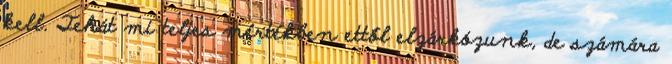
kell. Tehát mi teljes mértékben ettől elzárkózunk, de számára